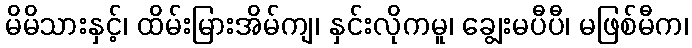
မိမိသားနှင့်၊ ထိမ်းမြားအိမ်ကျ၊ နှင်းလိုကမူ၊ ချွေးမပီပီ၊ မဖြစ်မီက၊